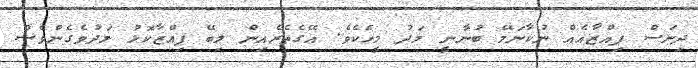
ދިނަސް ޕިއްޒާއެއް ނުކާނަމޭ ބުނާނީ މަދު މީހެކެވެ. އޭގެތެރެއިން ލިބޭ ޕިއްޒާކޮޅު މަދުވެގެންވެސް